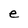
Character: e